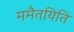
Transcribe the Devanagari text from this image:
ममैतयिति